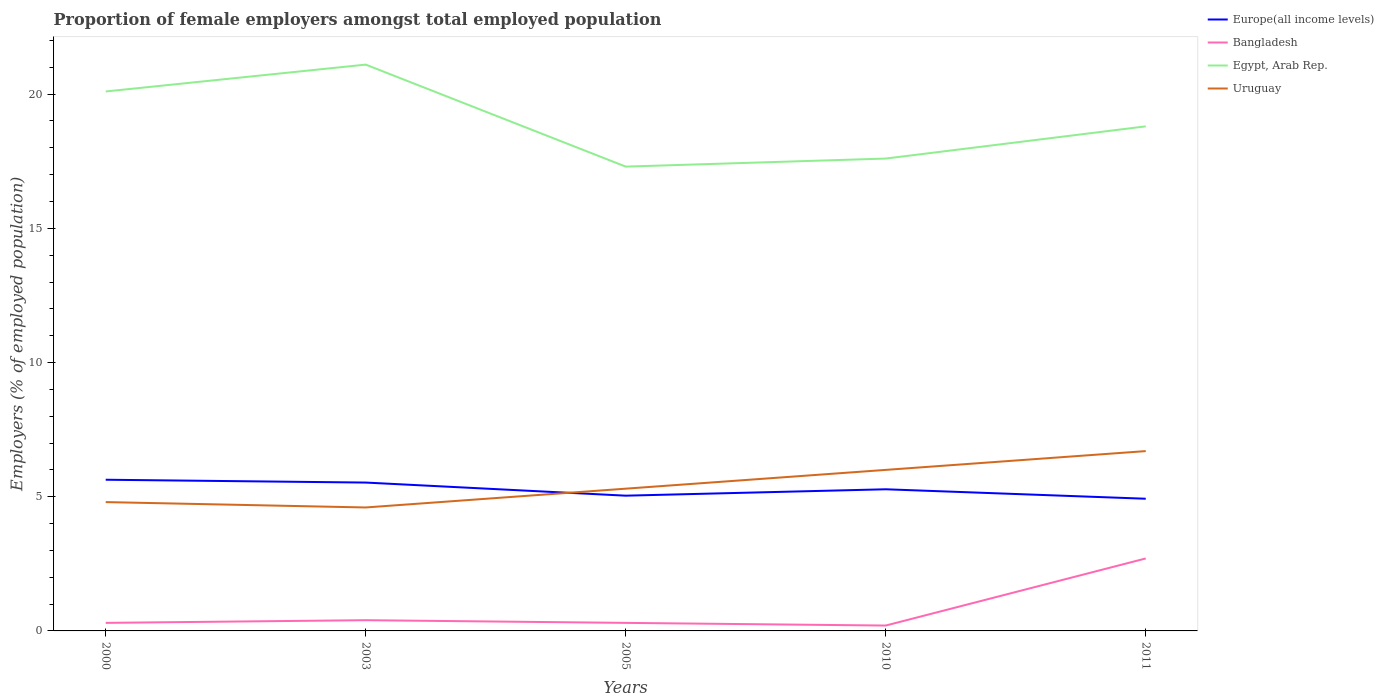
| Years | Europe(all income levels) | Bangladesh | Egypt, Arab Rep. | Uruguay |
 | --- | --- | --- | --- | --- |
 | 2000 | 5.63 | 0.3 | 20.1 | 4.8 |
 | 2003 | 5.53 | 0.4 | 21.1 | 4.6 |
 | 2005 | 5.04 | 0.3 | 17.3 | 5.3 |
 | 2010 | 5.28 | 0.2 | 17.6 | 6 |
 | 2011 | 4.93 | 2.7 | 18.8 | 6.7 |